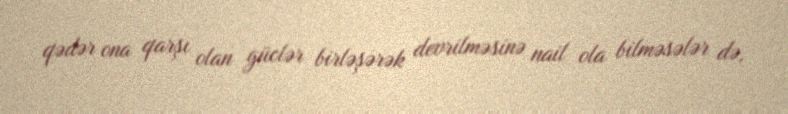
qədər ona qarşı olan güclər birləşərək devrilməsinə nail ola bilməsələr də,